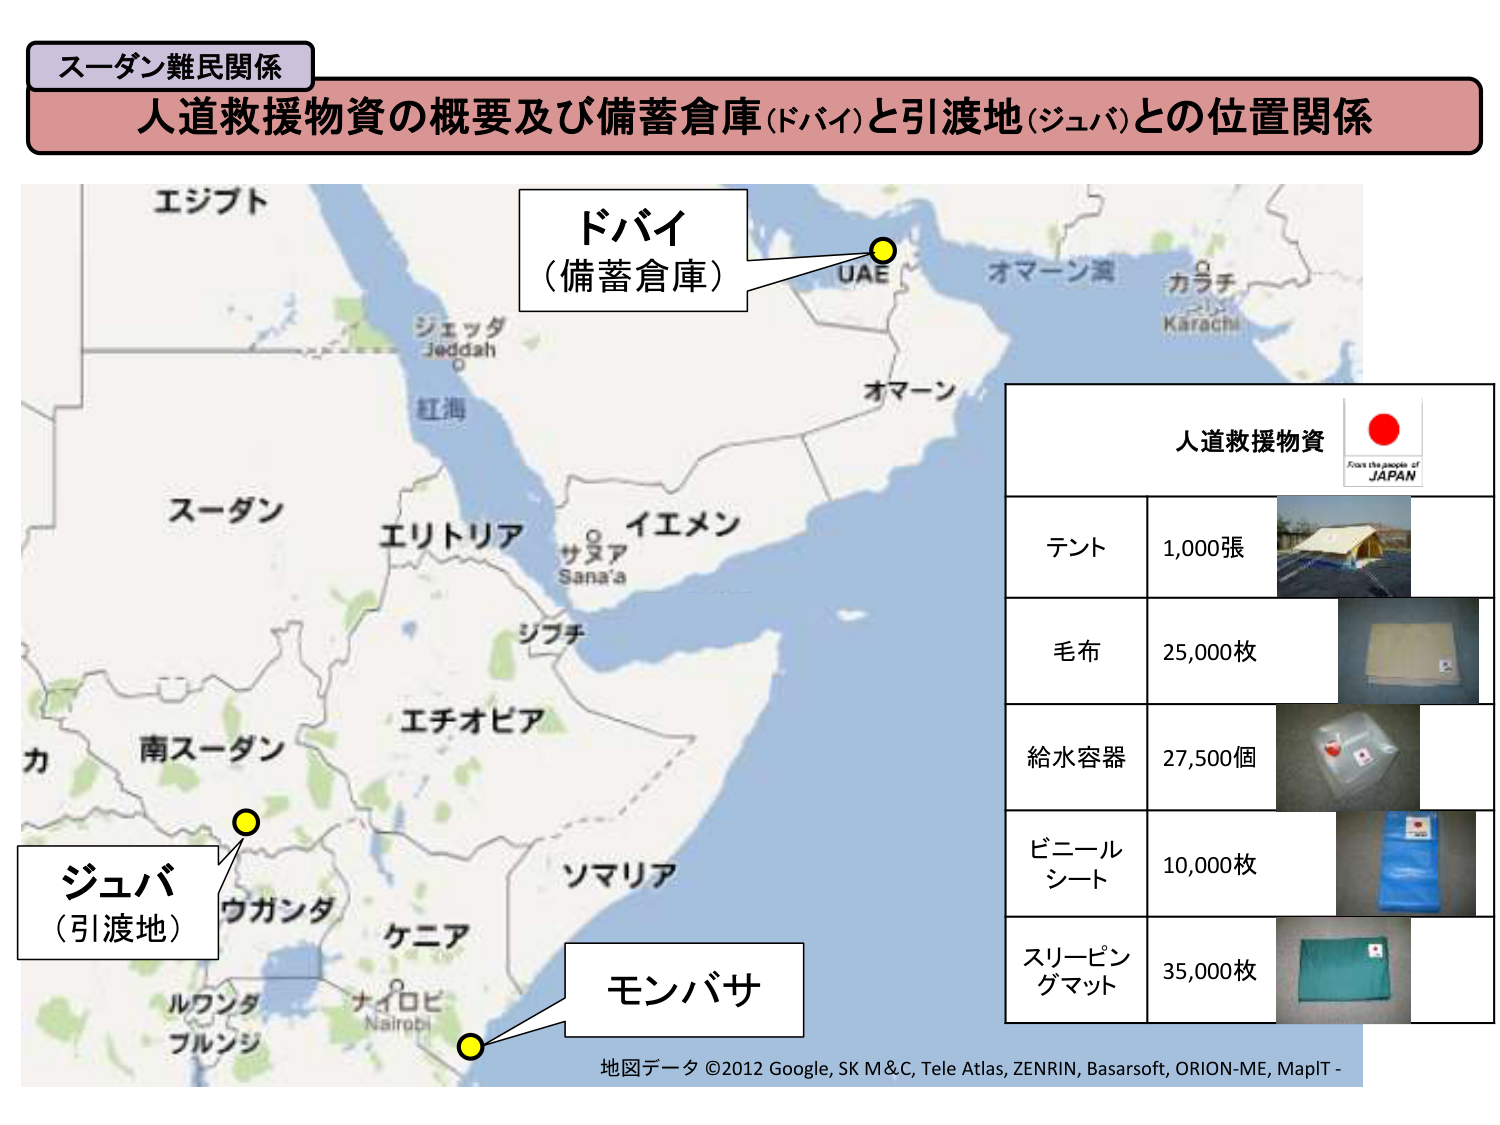
スー ダン 難民 関係
人道救援物資の概要及び備蓄倉庫（ドバイ）と引渡地（ジュバ）との位置関係
エジプト
ドバイ
（備蓄倉庫）
UAE
オマーン湾
カラチ
Karachi
オマーン
ジェッダ
Jeddah
紅海
スー ダン
エリトリア
イエメン
サヌア
Sana'a
シフチ
エチオピア
南スー ダン
ジュバ
（引渡地）
ウガンダ
ケニア
ルワンダ
ブリンシ
ナイロビ
Nairobi
モンバサ
ソマリア
人道救援物資
From the people of
JAPAN
テント
1,000張
毛布
25,000枚
給水容器
27,500個
ビニール
シート
10,000枚
スリーピングマット
35,000枚
地図データ ©2012 Google, SK M&C, Tele Atlas, ZENRIN, Basarsoft, ORION-ME, MapIT -